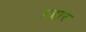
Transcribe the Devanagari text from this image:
ग़द्दार